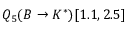
Q _ { 5 } ( B \to K ^ { * } ) [ 1 . 1 , 2 . 5 ]